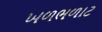
ખળભળાટ